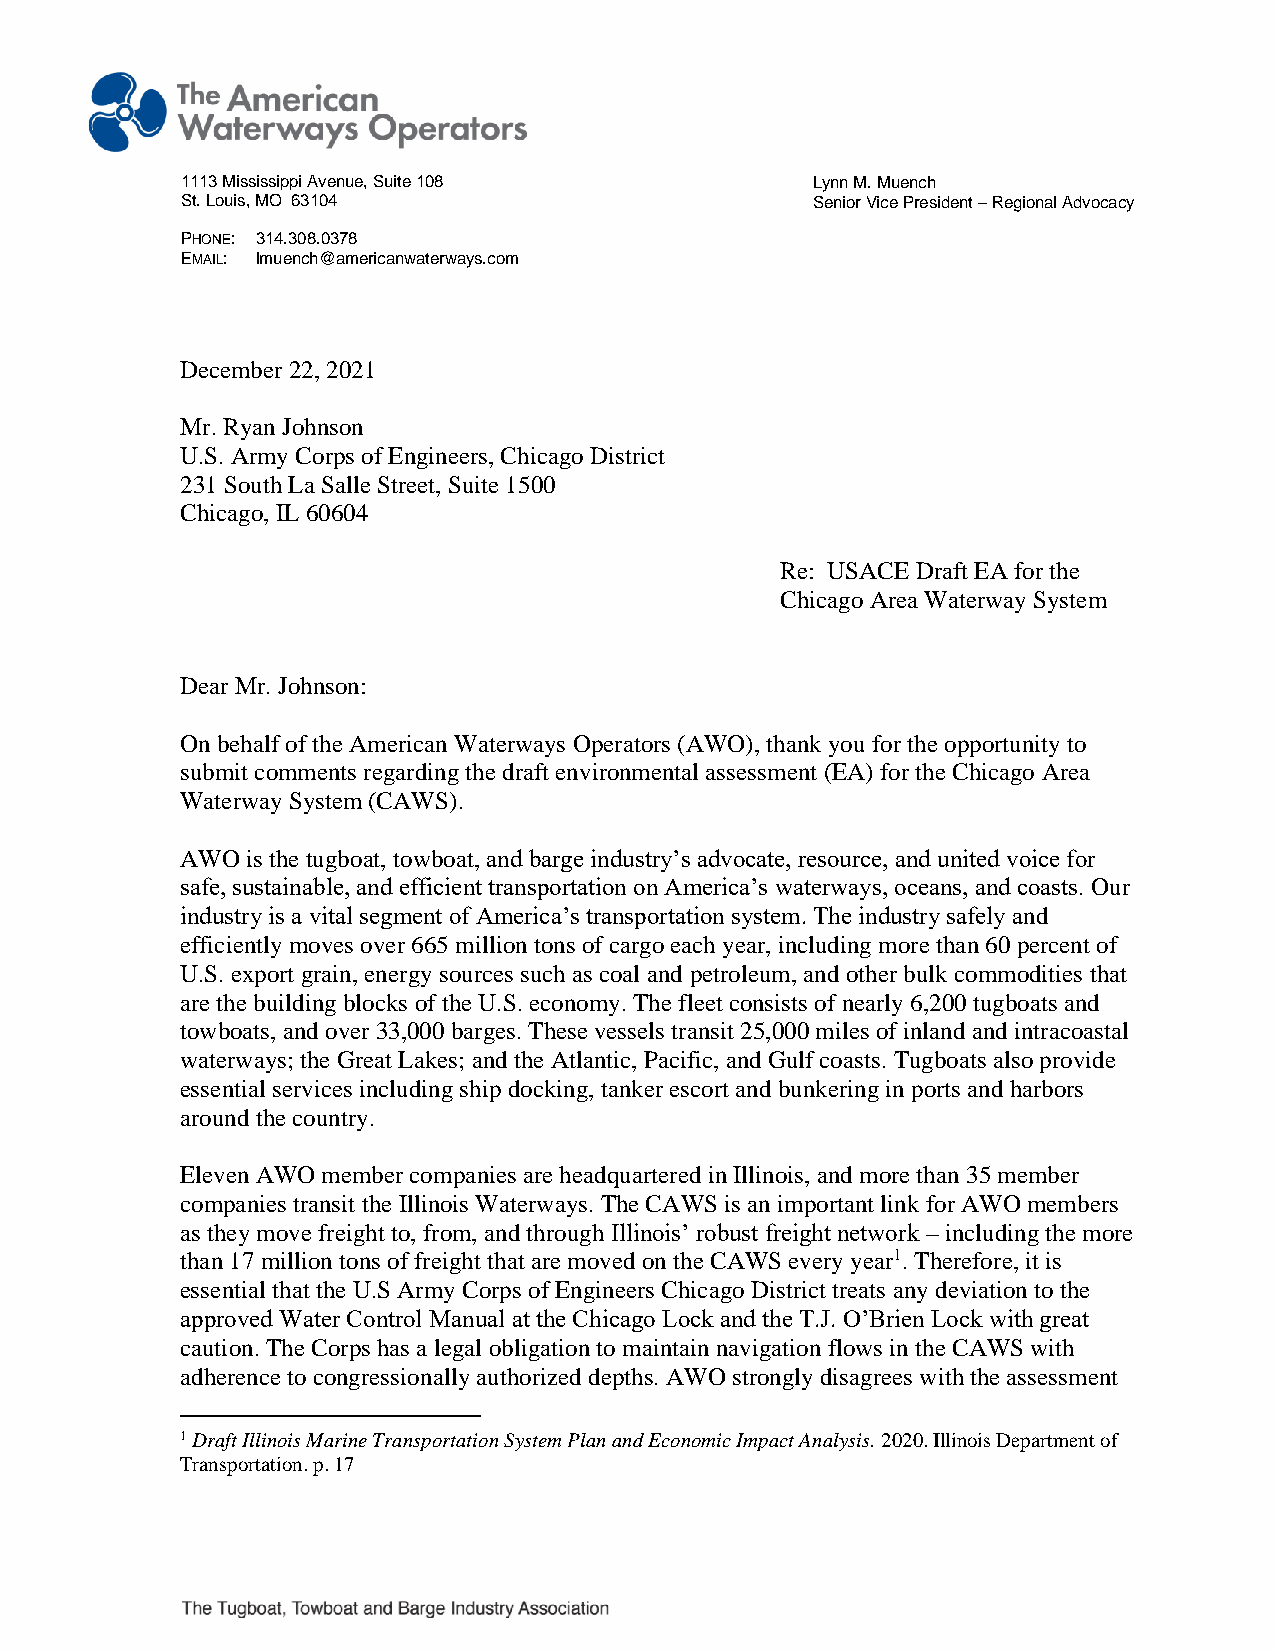
1113 Mississippi Avenue, Suite 108        Lynn M. Muench
 St. Louis, MO 63104                       Senior Vice President – Regional Advocacy
 PHONE: 314.308.0378
 EMAIL: lmuench@americanwaterways.com
 December 22, 2021
 Mr. Ryan Johnson
 U.S. Army Corps of Engineers, Chicago District
 231 South La Salle Street, Suite 1500
 Chicago, IL 60604
 Re: USACE Draft EA for the
 Chicago Area Waterway System
 Dear Mr. Johnson:
 On behalf of the American Waterways Operators (AWO), thank you for the opportunity to
 submit comments regarding the draft environmental assessment (EA) for the Chicago Area
 Waterway System (CAWS).
 AWO is the tugboat, towboat, and barge industry’s advocate, resource, and united voice for
 safe, sustainable, and efficient transportation on America’s waterways, oceans, and coasts. Our
 industry is a vital segment of America’s transportation system. The industry safely and
 efficiently moves over 665 million tons of cargo each year, including more than 60 percent of
 U.S. export grain, energy sources such as coal and petroleum, and other bulk commodities that
 are the building blocks of the U.S. economy. The fleet consists of nearly 6,200 tugboats and
 towboats, and over 33,000 barges. These vessels transit 25,000 miles of inland and intracoastal
 waterways; the Great Lakes; and the Atlantic, Pacific, and Gulf coasts. Tugboats also provide
 essential services including ship docking, tanker escort and bunkering in ports and harbors
 around the country.
 Eleven AWO member companies are headquartered in Illinois, and more than 35 member
 companies transit the Illinois Waterways. The CAWS is an important link for AWO members
 as they move freight to, from, and through Illinois’ robust freight network – including the more
 than 17 million tons of freight that are moved on the CAWS every year1. Therefore, it is
 essential that the U.S Army Corps of Engineers Chicago District treats any deviation to the
 approved Water Control Manual at the Chicago Lock and the T.J. O’Brien Lock with great
 caution. The Corps has a legal obligation to maintain navigation flows in the CAWS with
 adherence to congressionally authorized depths. AWO strongly disagrees with the assessment
 1 Draft Illinois Marine Transportation System Plan and Economic Impact Analysis. 2020. Illinois Department of
 Transportation. p. 17